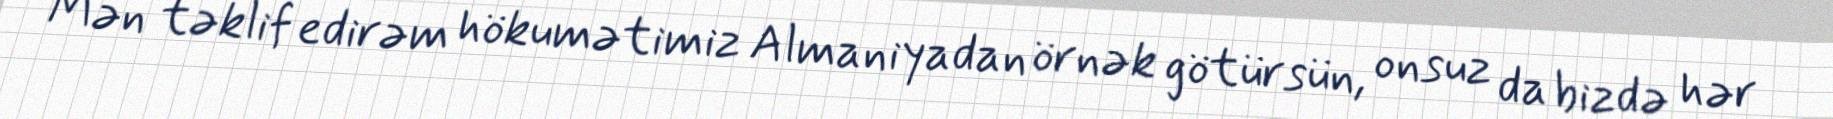
Mən təklif edirəm hökumətimiz Almaniyadan örnək götürsün, onsuz da bizdə hər